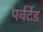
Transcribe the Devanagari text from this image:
पर्वर्टेड